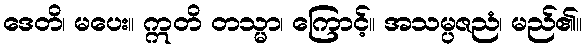
ဒေတိ၊ မပေး။ ဣတိ တသ္မာ၊ ကြောင့်။ အသမ္ပဇညံ၊ မည်၏။